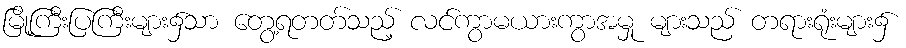
မြို့ကြီးပြကြီးများ၌သာ တွေ့ရတတ်သည့် လင်ကွာမယားကွာအမှု များသည် တရားရုံးများ၌